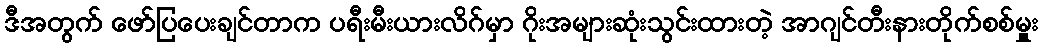
ဒီအတွက် ဖော်ပြပေးချင်တာက ပရီးမီးယားလိဂ်မှာ ဂိုးအများဆုံးသွင်းထားတဲ့ အာဂျင်တီးနားတိုက်စစ်မှူး